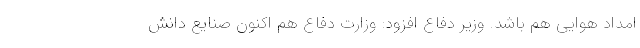
امداد هوایی هم باشد. وزیر دفاع افزود: وزارت دفاع هم اکنون صنایع دانش